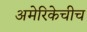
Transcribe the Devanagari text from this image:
अमेरिकेचीच